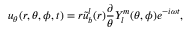
u _ { \theta } ( r , \theta , \phi , t ) = r \tilde { u } _ { b } ^ { l } ( r ) \frac { \partial } { \theta } Y _ { l } ^ { m } ( \theta , \phi ) e ^ { - i \omega t } ,